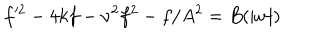
LaTeX: f ^ { \prime 2 } - 4 k f - \nu ^ { 2 } f ^ { 2 } - f / A ^ { 2 } = B ( | w | )